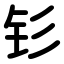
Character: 钐